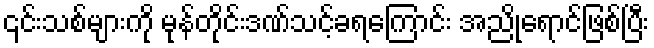
၎င်းသစ်များကို မုန်တိုင်းဒဏ်သင့်ခရကြောင်း အညိုရောင်ဖြစ်ပြီး